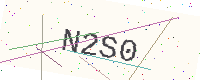
Text: N2S0